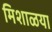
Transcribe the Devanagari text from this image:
मिशाळया